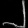
Digit: ၂